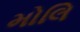
મોલિ